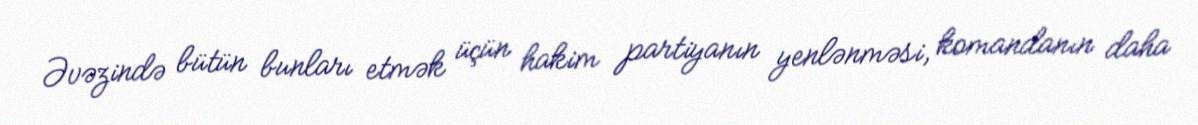
Əvəzində bütün bunları etmək üçün hakim partiyanın yenlənməsi, komandanın daha